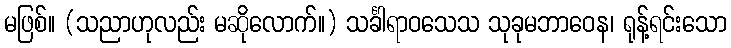
မဖြစ်။ (သညာဟုလည်း မဆိုလောက်။) သင်္ခါရာဝသေသ သုခုမဘာဝေန၊ ရုန့်ရင်းသော